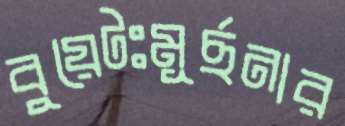
বুয়েটঃমূর্ছনার